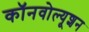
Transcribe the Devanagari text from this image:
कॉनवोल्यूशन